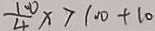
\frac { 1 0 } { 4 } x > 1 0 0 + 1 0